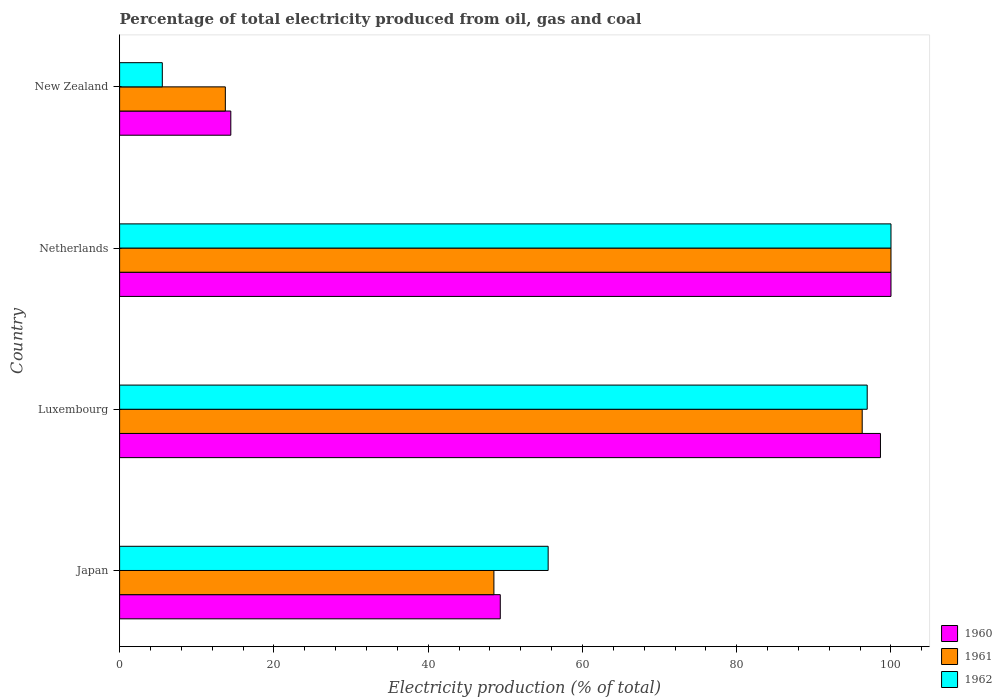
| Country | 1960 | 1961 | 1962 |
 | --- | --- | --- | --- |
 | Japan | 49.4 | 48.5 | 55.6 |
 | Luxembourg | 98.6 | 96.3 | 96.9 |
 | Netherlands | 100 | 100 | 100 |
 | New Zealand | 14.4 | 13.7 | 5.54 |